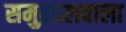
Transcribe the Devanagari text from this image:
समुद्रतलवाला